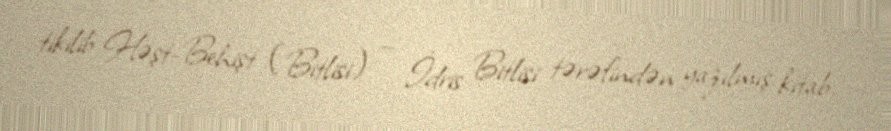
tikilib Həşt-Behişt (Bitlisi) — İdris Bitlisi tərəfindən yazılmış kitab.